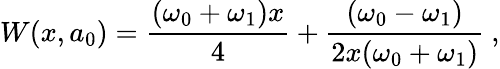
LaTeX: W(x,a_{0})=\frac{(\omega_{0}+\omega_{1})x}{4}+\frac{(\omega_{0}-\omega_{1})}{2x(\omega_{0}+\omega_{1})}~,